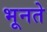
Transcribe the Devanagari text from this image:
भूनते